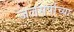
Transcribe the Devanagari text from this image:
जलसर्पाच्या